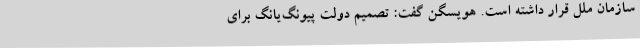
سازمان ملل قرار داشته است. هویسگن گفت: تصمیم دولت پیونگ‌یانگ برای